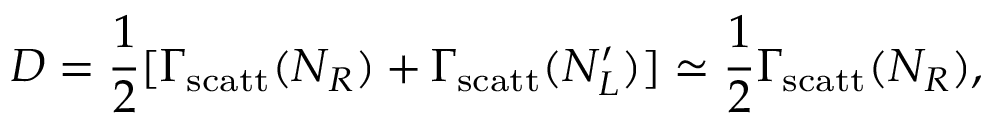
D = \frac { 1 } { 2 } [ \Gamma _ { \mathrm { s c a t t } } ( N _ { R } ) + \Gamma _ { \mathrm { s c a t t } } ( N _ { L } ^ { \prime } ) ] \simeq \frac { 1 } { 2 } \Gamma _ { \mathrm { s c a t t } } ( N _ { R } ) ,